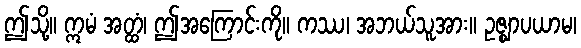
ဤသို့။ ဣမံ အတ္ထံ၊ ဤအကြောင်းကို။ ကဿ၊ အဘယ်သူအား။ ဥဇ္ဈာပယာမ၊